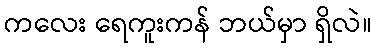
ကလေး ရေကူးကန် ဘယ်မှာ ရှိလဲ။